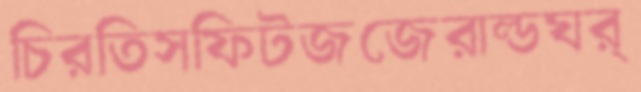
চিরতিসফিটজজেরাল্ডঘর্